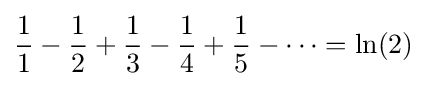
{1 \over 1}-{1 \over 2}+{1 \over 3}-{1 \over 4}+{1 \over 5}-\cdots =\ln(2)